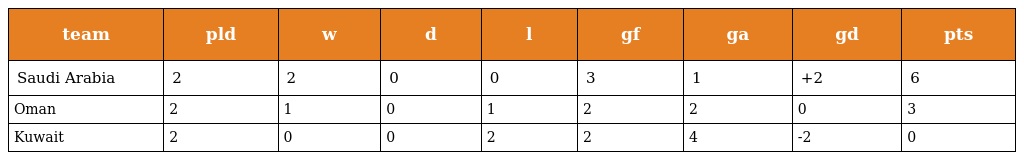
| team | pld | w | d | l | gf | ga | gd | pts |
 | --- | --- | --- | --- | --- | --- | --- | --- | --- |
 | Saudi Arabia | 2 | 2 | 0 | 0 | 3 | 1 | +2 | 6 |
 | Oman | 2 | 1 | 0 | 1 | 2 | 2 | 0 | 3 |
 | Kuwait | 2 | 0 | 0 | 2 | 2 | 4 | -2 | 0 |